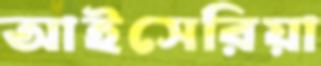
আইসেরিয়া